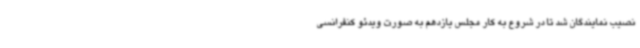
نصیب نمایندگان شد تا در شروع به کار مجلس یازدهم به صورت ویدئو کنفرانسی